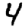
Digit: 4